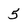
Character: 5